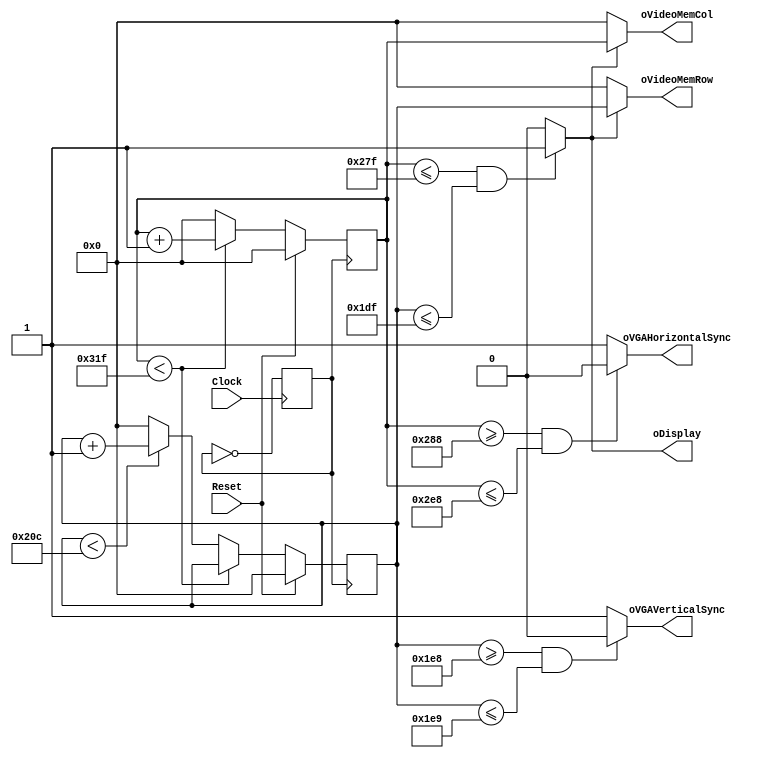
module VGA_CONTROLLER # (parameter X_WIDTH=8, 
			 parameter Y_WIDTH=8,
			 parameter X_SIZE=256, 
			 parameter Y_SIZE=256
			 )
   (
    input wire 		     Clock,
    input wire 		     Reset,
    output wire [X_WIDTH-1:0] oVideoMemCol,
    output wire [Y_WIDTH-1:0] oVideoMemRow,
    output wire 	     oVGAHorizontalSync,
    output wire 	     oVGAVerticalSync,
    output wire 	     oDisplay
    );

   reg		      clk25;

   reg [X_WIDTH-1:0] 	      hCount;
   reg [Y_WIDTH-1:0] 	      vCount;

   initial begin
      clk25 = 1'b0;
   end
   
   always @(posedge Clock) clk25 <= ~clk25;


   assign oVGAHorizontalSync = (hCount >= 648 && hCount <= 744)? 1'b0 : 1'b1;
   assign oVGAVerticalSync = (vCount >= 488 && vCount <= 489)? 1'b0 : 1'b1;
   assign oDisplay = (hCount <= 639 && vCount <= 479)? 1'b1 : 1'b0;

   assign oVideoMemCol 	= (oDisplay == 1'b1) ? hCount : 0;
   assign oVideoMemRow 	= (oDisplay == 1'b1) ? vCount : 0;
 
   
   always @(posedge clk25) 
      begin
	 if(Reset) 
	    begin
	       hCount <= 0;
	       vCount <= 0;
	    end
	 else
	    begin
	       if (hCount < 799)
		  hCount <= hCount + 1;
	       else
		  begin
		     hCount <= 0;
		     if (vCount < 524)
			vCount <= vCount + 1;
		     else
			vCount <= 0;
		  end
	    end
      end
   

endmodule